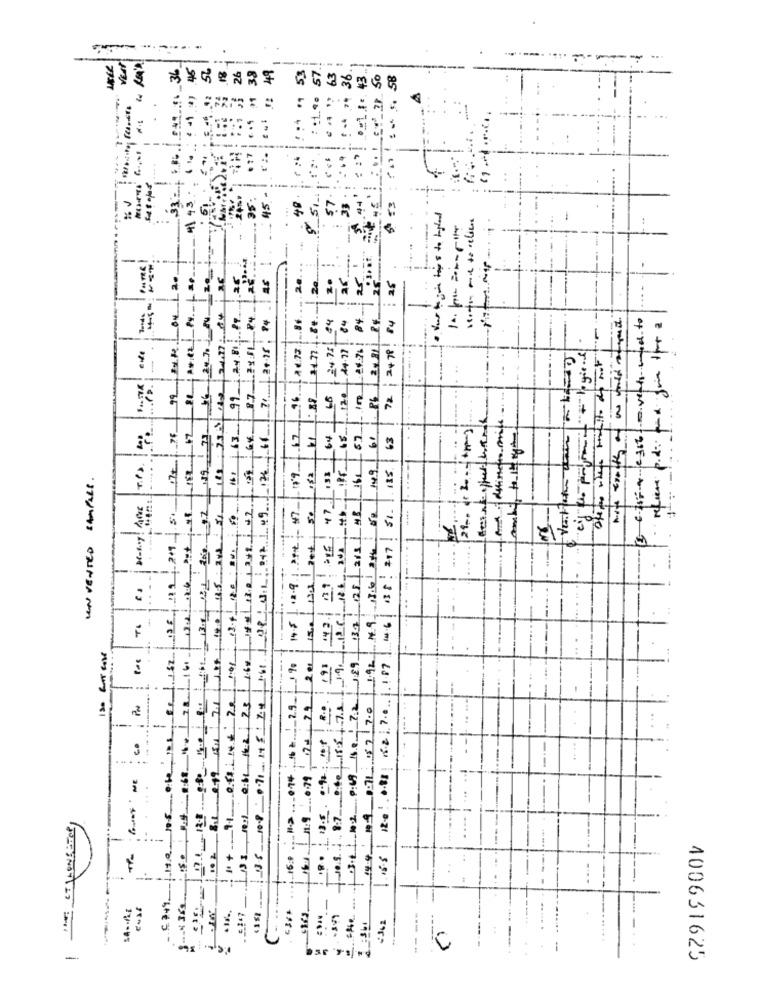
VEAt
45
!4 34
26
38
49
53
-
to relies
2€
20
20
25
24.17 : 84
87 7 84
2+18: 74
24.75/ 24
84
hote trolley of we would of gout .
3 0.2070 e306 00 verts und to
84
72; 2+78. 84
-
refiere p.d: fund for 1po a
24 70
247
- 44.79
et
10
91
92
188 ,75
463
08 3.1 942 1 19 126 6
6€
.67
61
119
1E
115.
UN VENTED SAMPLES.
131
12.91 Pre: 47
137: 128 215 / 48
51.
196 119 24 51
8.Jeg9 5M 2.1 (185; 100 195 3NL
50
47
-
13.6 346
4.6 138 : 217!
11
130 3et
-
----
---
---
14.5
F
195 ote, 188, De |182
1.92
16%
2 er
1:29
185 | 12.0 : 0.88 182170 1.187
10.9; 8.7 040| 18.5| 71 1
1.+91 Off LINK: 20
1 .3.11.102 0:69 10 : 7.2
E
10:1 0:11, 162 2.5
14.9 : 19 71 $ 7 7.0
-
-
--
Guay ' ME
16/96.79
1e
150
---
-- 436
---
=362
--
r.c.c .: 360
400631625